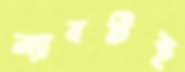
ল্যাবটিই